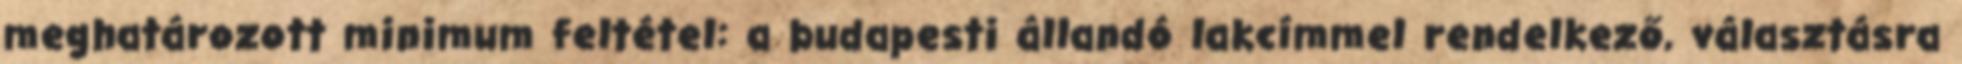
meghatározott minimum feltétel: a budapesti állandó lakcímmel rendelkező, választásra